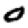
Digit: 0